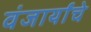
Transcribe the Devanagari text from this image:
वंजार्यांचे